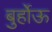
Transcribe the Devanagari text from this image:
बुर्होऊ